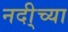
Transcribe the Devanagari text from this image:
नदी्च्या